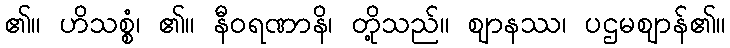
၏။ ဟိသစ္စံ၊ ၏။ နီဝရဏာနိ၊ တို့သည်။ ဈာနဿ၊ ပဌမဈာန်၏။